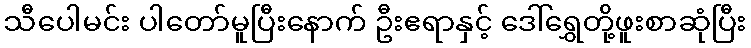
သီပေါမင်း ပါတော်မူပြီးနောက် ဦးဧရာနှင့် ဒေါ်ရွှေတို့ဖူးစာဆုံပြီး